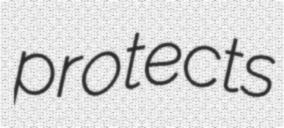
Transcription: protects